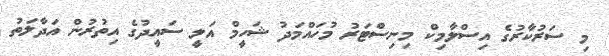
މި ސަރުކާރުގެ އިސްލާމިކް މިނިސްޓަރު މުހައްމަދު ޝަހީމް އަލީ ސައީދުގެ އިތުރުން އަދާލަތު